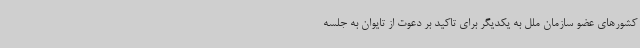
کشورهای عضو سازمان ملل به یکدیگر برای تاکید بر دعوت از تایوان به جلسه